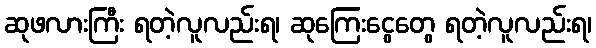
ဆုဖလားကြီး ရတဲ့လူလည်းရ၊ ဆုကြေးငွေတွေ ရတဲ့လူလည်းရ၊